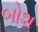
બોશ